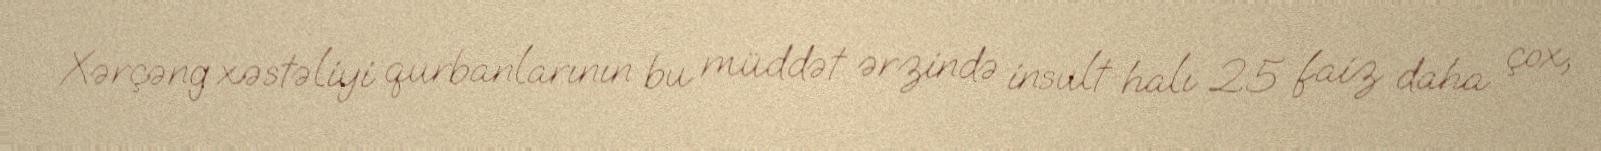
Xərçəng xəstəliyi qurbanlarının bu müddət ərzində insult halı 25 faiz daha çox,